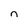
Character: n